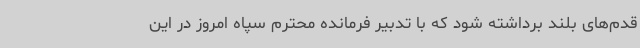
قدم‌های بلند برداشته شود که با تدبیر فرمانده محترم سپاه امروز در این